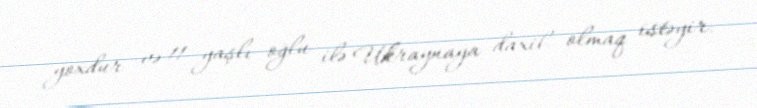
yoxdur və 11 yaşlı oğlu ilə Ukraynaya daxil olmaq istəyir.